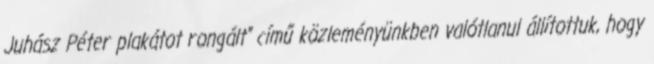
Juhász Péter plakátot rongált” című közleményünkben valótlanul állítottuk, hogy